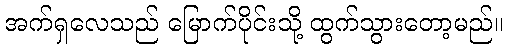
အက်ရှလေသည် မြောက်ပိုင်းသို့ ထွက်သွားတော့မည်။